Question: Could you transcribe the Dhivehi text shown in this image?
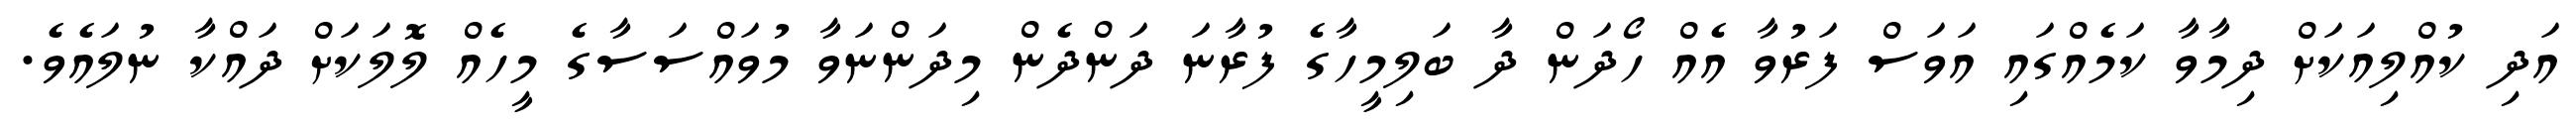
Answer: އަދި ކުއްލިއަކަށް ދިމާވާ ކަމެއްގައި އަވަސް ފަރުވާ އެއް ހޯދަން ދާ ބަލިމީހާގެ ފުރާނަ ދަންދެން މިދަންނަވާ މުވައްސަސާގެ މީހެއް ލޮލަކަށް ދައްކާ ނުލައެވެ.